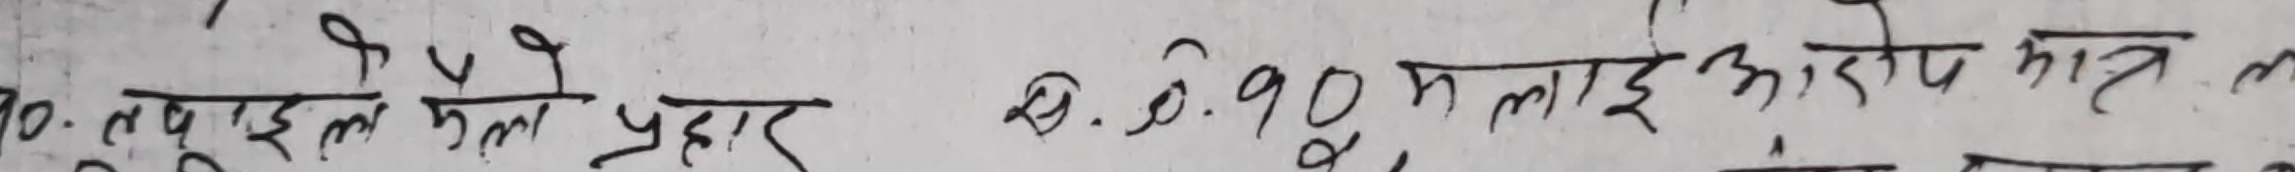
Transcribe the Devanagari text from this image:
१०. तपसिल तलका प्रकार
ख. ०.१० मलाइ आक्षेप मात्र छ